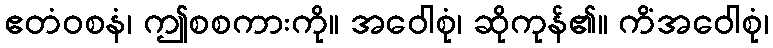
ဧတံဝစနံ၊ ဤစစကားကို။ အဝေါစုံ၊ ဆိုကုန်၏။ ကိံအဝေါစုံ၊